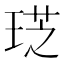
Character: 𤦧